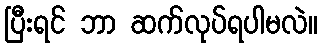
ပြီးရင် ဘာ ဆက်လုပ်ရပါမလဲ။